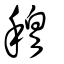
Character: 穆